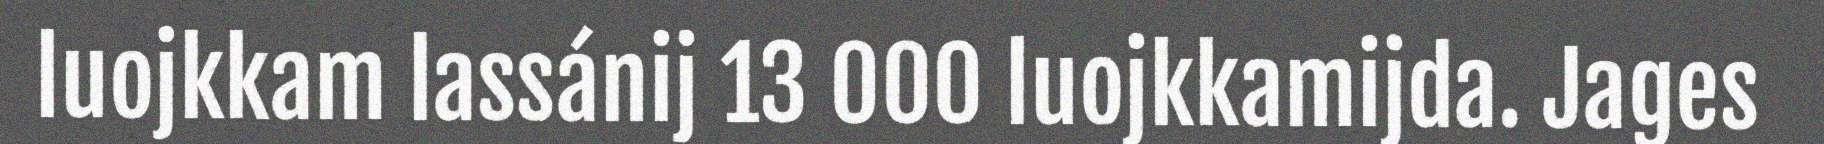
luojkkam lassánij 13 000 luojkkamijda. Jages